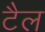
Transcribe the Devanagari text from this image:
टैल